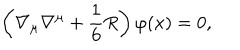
\left( \nabla _ { \mu } \nabla ^ { \mu } + \frac { 1 } { 6 } R \right) \varphi ( x ) = 0 ,